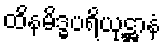
ထိနမိဒ္ဓပရိယုဋ္ဌာနံ